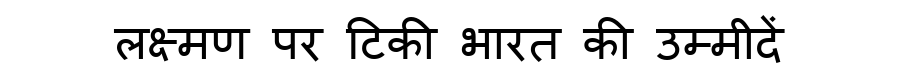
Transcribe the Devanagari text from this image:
लक्ष्मण पर टिकी भारत की उम्मीदें